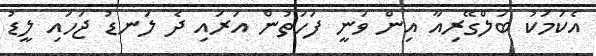
އެކަމަކު ބަލްގޭރިއާ އިން ވަނީ ފަހަތުން އަރައި ދެ ލަނޑު ޖަހައި ލީޑު